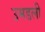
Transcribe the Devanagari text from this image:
उमडली